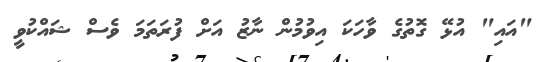
"އައި" އުޅޭ ގޮތުގެ ވާހަކަ އިވުމުން ނާޒު އަށް ފުރަތަމަ ވެސް ޝައްކުވީ